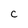
Character: C